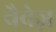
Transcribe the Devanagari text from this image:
चैवेज़